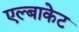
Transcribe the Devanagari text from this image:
एल्बाकेट